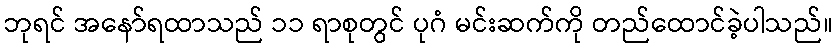
ဘုရင် အနော်ရထာသည် ၁၁ ရာစုတွင် ပုဂံ မင်းဆက်ကို တည်ထောင်ခဲ့ပါသည်။